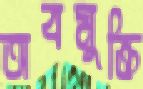
অবমুক্তি